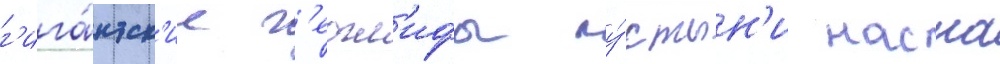
г'ига́нтск'ие г'еогл'ифы пу́стын'и наска